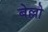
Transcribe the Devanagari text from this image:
बेल्लो